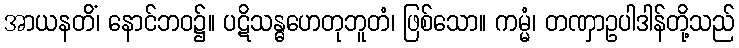
အာယနတိံ၊ နောင်ဘဝ၌။ ပဋိသန္ဓဟေတုဘူတံ၊ ဖြစ်သော။ ကမ္မံ၊ တဏှာဥပါဒါန်တို့သည်